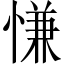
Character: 慊